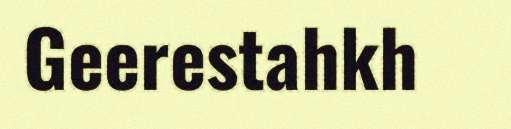
Geerestahkh